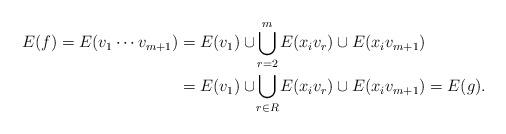
LaTeX: \begin{align*} E(f) = E(v_1\cdots v_{m+1}) &= E(v_1) \cup \bigcup_{\mathclap{r=2}}^m E(x_iv_r) \cup E(x_iv_{m+1}) \\&= E(v_1) \cup \bigcup_{\mathclap{r\in R}} E(x_iv_r) \cup E(x_iv_{m+1}) = E(g).\end{align*}